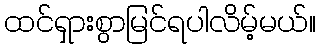
ထင်ရှားစွာမြင်ရပါလိမ့်မယ်။